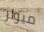
ميولر